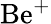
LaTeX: {\mathrm{Be}}^{+}